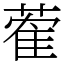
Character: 蒮